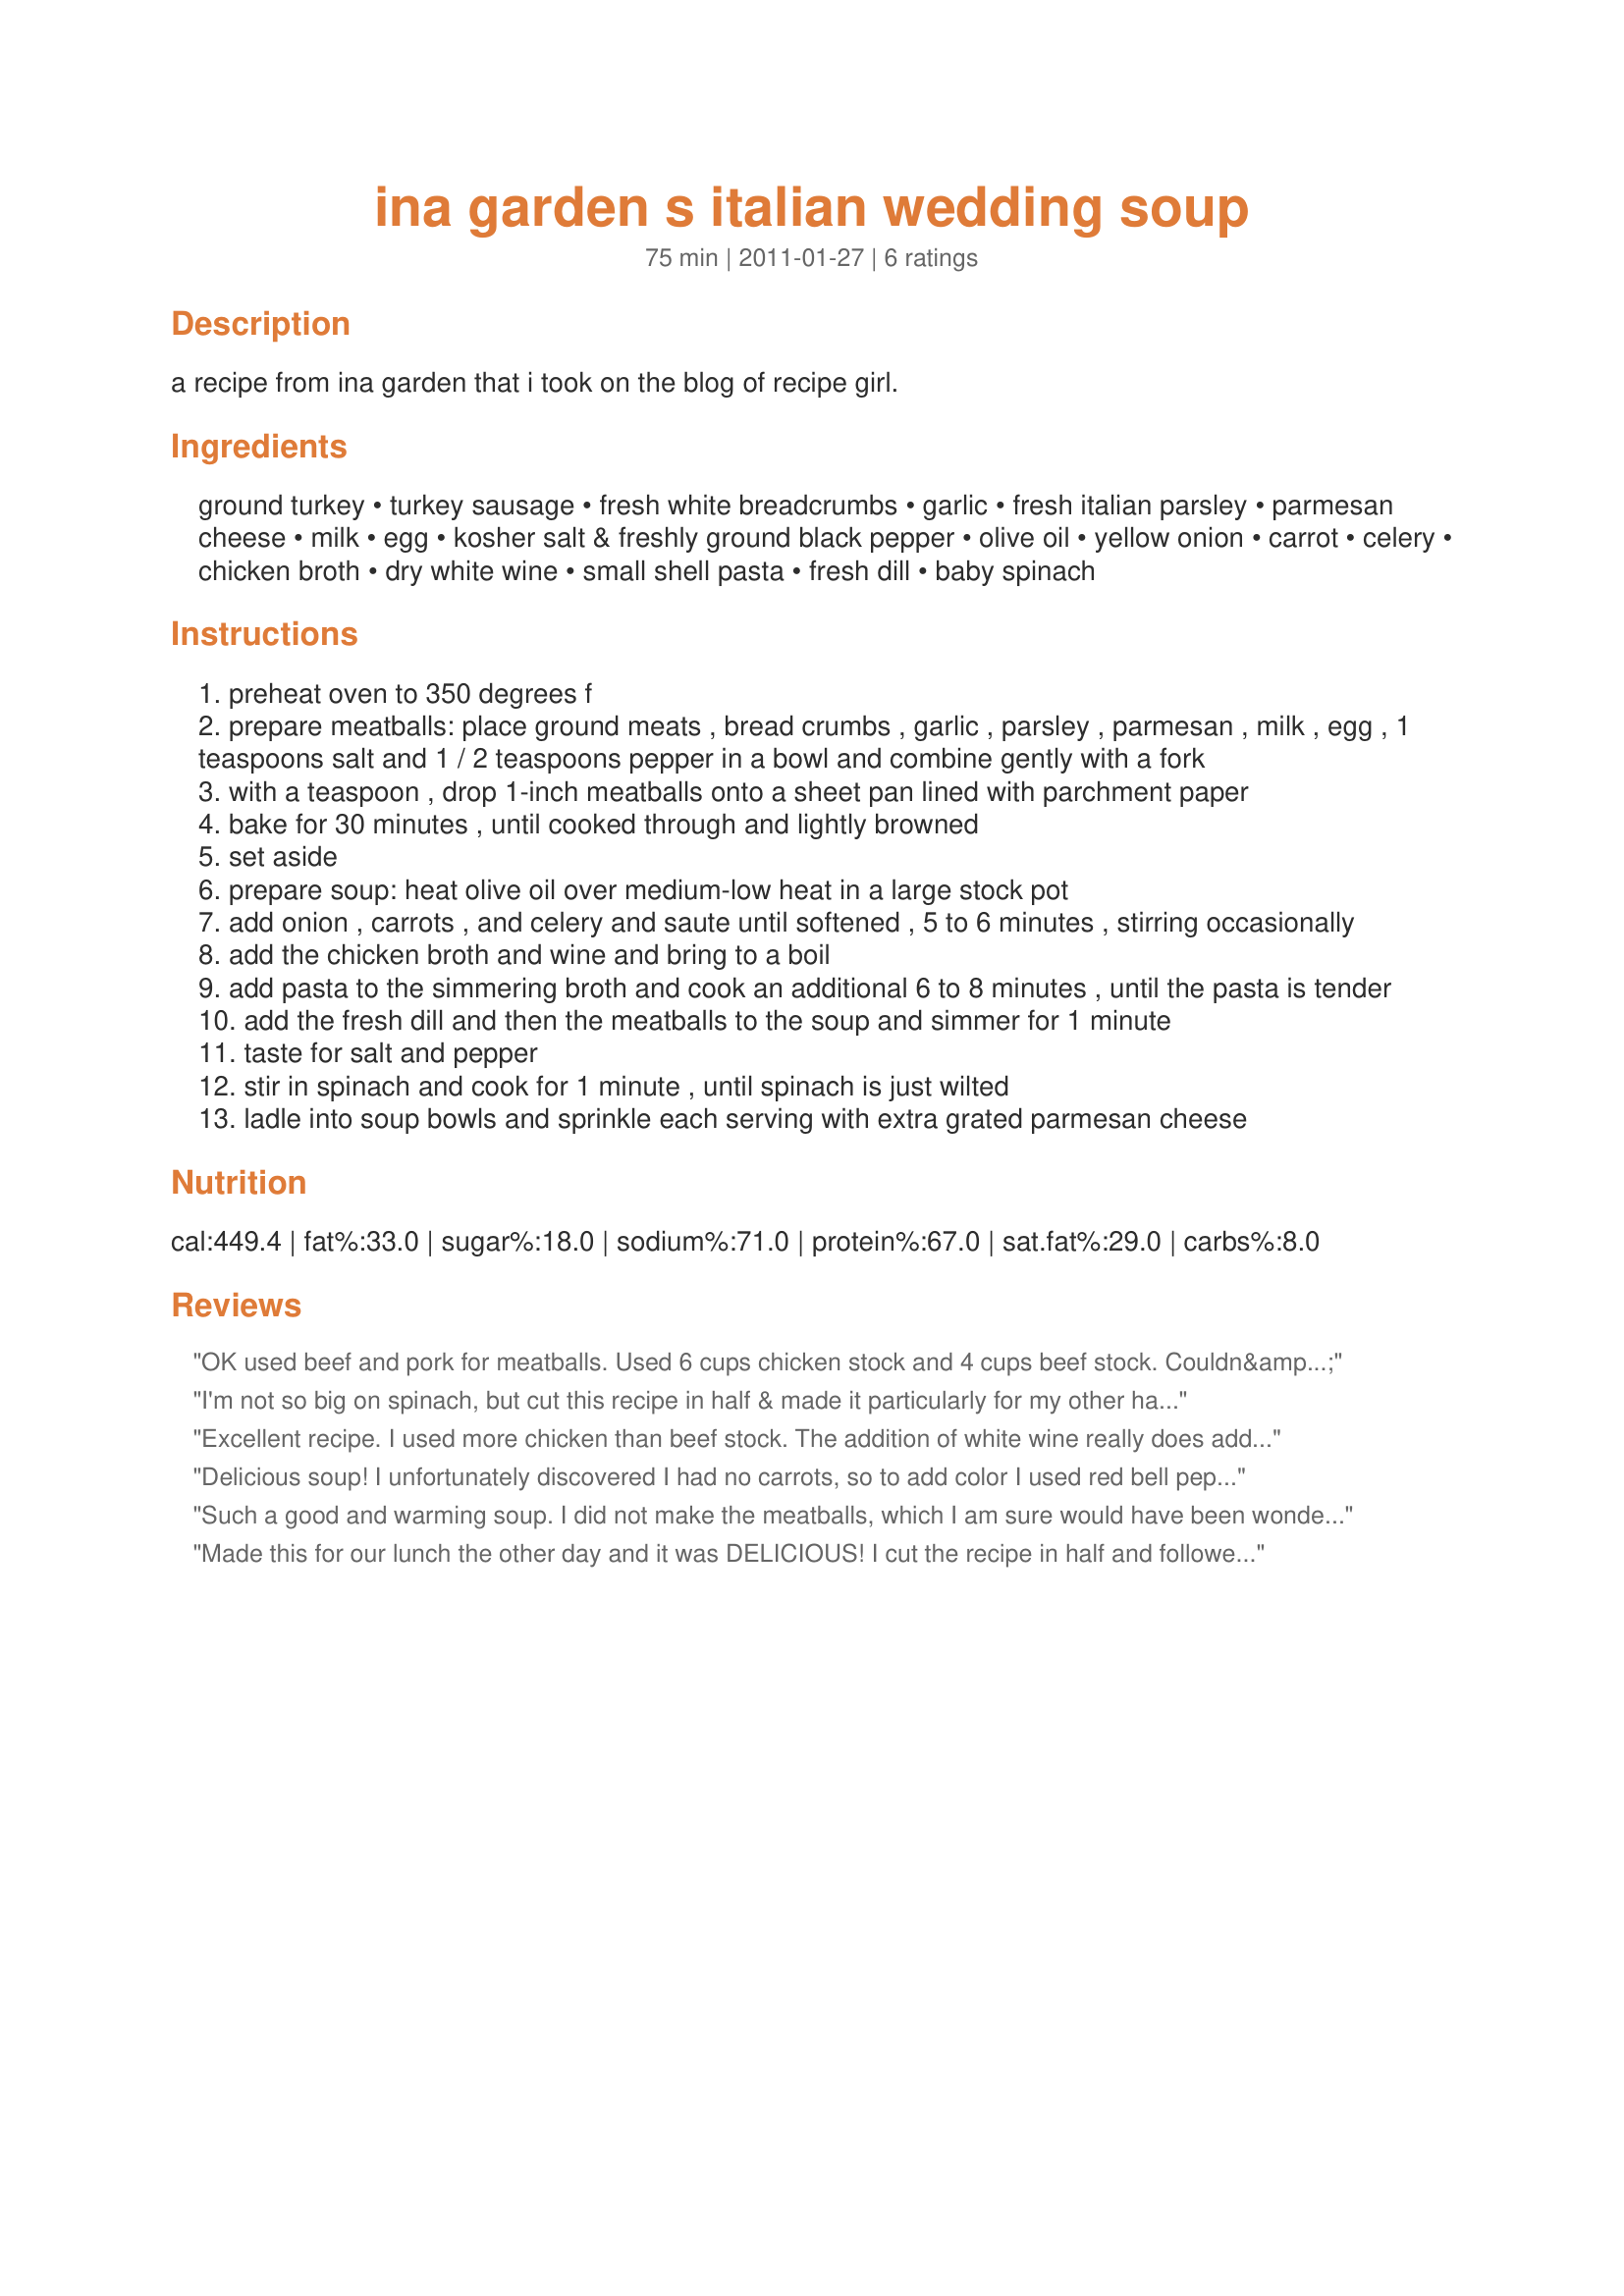
ina garden s italian wedding soup
Preparation time: 75 minutes

a recipe from ina garden that i took on the blog of recipe girl.

Ingredients:
ground turkey, turkey sausage, fresh white breadcrumbs, garlic, fresh italian parsley, parmesan cheese, milk, egg, kosher salt & freshly ground black pepper, olive oil, yellow onion, carrot, celery, chicken broth, dry white wine, small shell pasta, fresh dill, baby spinach

Steps:
preheat oven to 350 degrees f
prepare meatballs: place ground meats , bread crumbs , garlic , parsley , parmesan , milk , egg , 1 teaspoons salt and 1 / 2 teaspoons pepper in a bowl and combine gently with a fork
with a teaspoon , drop 1-inch meatballs onto a sheet pan lined with parchment paper
bake for 30 minutes , until cooked through and lightly browned
set aside
prepare soup: heat olive oil over medium-low heat in a large stock pot
add onion , carrots , and celery and saute until softened , 5 to 6 minutes , stirring occasionally
add the chicken broth and wine and bring to a boil
add pasta to the simmering broth and cook an additional 6 to 8 minutes , until the pasta is tender
add the fresh dill and then the meatballs to the soup and simmer for 1 minute
taste for salt and pepper
stir in spinach and cook for 1 minute , until spinach is just wilted
ladle into soup bowls and sprinkle each serving with extra grated parmesan cheese

Reviews:
OK used beef and pork for meatballs. Used 6 cups chicken stock and 4 cups beef stock. Couldn&#039;t find orzo so I used tiny shells. Ran out of pepper but fantastic recipe !!! I have never had this soup before and it aws awesome since it&#039;s cold and rainy outside.
I'm not so big on spinach, but cut this recipe in half & made it particularly for my other half ~ I had a small bowl & he had a large one, then took the final portion to work for lunch! Very, very tasty soup, for sure especially with these meatballs! Thanks for posting the recipe! [Tagged & made in Please Review My Recipe]
Excellent recipe. I used more chicken than beef stock. The addition of white wine really does add another level of flavor. Unless you are planning on consuming the recipe at one sitting, I recommend NOT adding the pasta as it will get ruined when you reheat. Orzo may be a better suggestion or cooking the pasta on the side and adding to the bowls at the end.
Delicious soup! I unfortunately discovered I had no carrots, so to add color I used red bell pepper....these were pretty, but I think the soup would have tasted better with the original carrots! I ended up with a bit more meatballs than called for, but used the specified amounts of meat. Delicious! Thanks for sharing!!
Such a good and warming soup. I did not make the meatballs, which I am sure would have been wonderful, because I had a lot of Italian sausage links I needed to use. I chunked up the sausage and browned it, and then added it with the broth. I also added some diced zucchini, which worked well with the other ingredients. I had only regular spinach, so sliced it before adding it. If you make the meatballs ahead of time, this is a very quick soup to make for dinner.
Made this for our lunch the other day and it was DELICIOUS! I cut the recipe in half and followed the instructions adding some diced zucchini like another reviewer because I needed to use it up. Definately a keeper. Made for Zaar Cookbook Tag.
